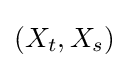
(X_{t},X_{s})